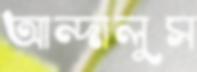
আন্দালুস